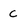
Character: c